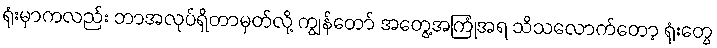
ရုံးမှာကလည်း ဘာအလုပ်ရှိတာမှတ်လို့ ကျွန်တော် အတွေ့အကြုံအရ သိသလောက်တော့ ရုံးတွေ